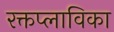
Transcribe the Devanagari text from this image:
रक्तप्लाविका